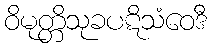
ဝိမုတ္တိသုခပဋိသံဝေဒီ